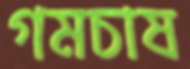
গমচাষ